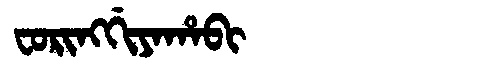
Manchu: ᠸᠣᡵᡳᠩᡤᡳᠶᠠᡥᠠᠪᡳ
Romanization: FORINGGIYAHABI